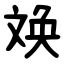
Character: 㪱